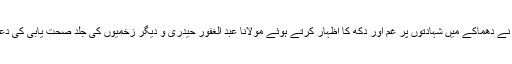
انہوں نے دھماکے میں شہادتوں پر غم اور دکھ کا اظہار کرتے ہوئے مولانا عبد الغفور حیدری و دیگر زخمیوں کی جلد صحت یابی کی دعا کی۔